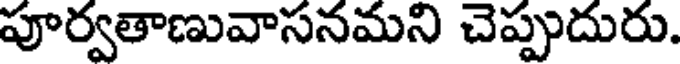
పూర్వతాణువాసనమని చెప్పుదురు.